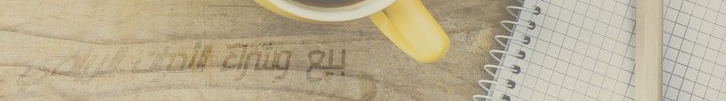
بيع وشراء الأدوات الرياضي